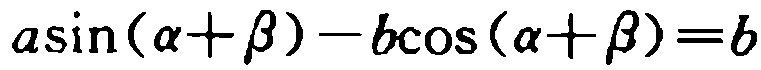
\(a\sin(\alpha+\beta)-b\cos(\alpha + \beta)=b\)